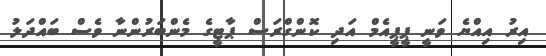
އިރު އިއްޔެ ވަނީ ޕީޕީއެމް އަދި ކޮންގްރަސް ޕާޓީގެ މެންބަރުންނާާ ވެސް ބައްދަލު